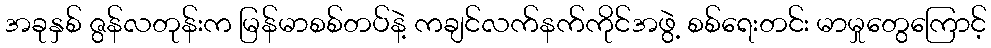
အခုနှစ် ဇွန်လတုန်းက မြန်မာစစ်တပ်နဲ့ ကချင်လက်နက်ကိုင်အဖွဲ့ စစ်ရေးတင်း မာမှုတွေကြောင့်